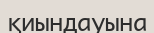
қиындауына